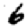
Digit: 6